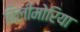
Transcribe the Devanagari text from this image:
बिलीमोरिया